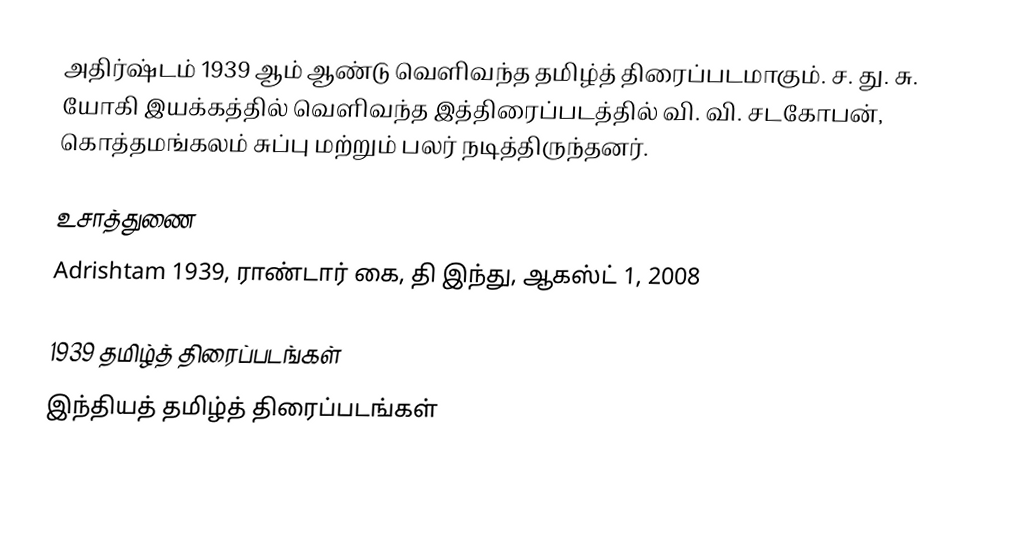
அதிர்ஷ்டம் 1939 ஆம் ஆண்டு வெளிவந்த தமிழ்த் திரைப்படமாகும். ச. து. சு. யோகி இயக்கத்தில் வெளிவந்த இத்திரைப்படத்தில் வி. வி. சடகோபன், கொத்தமங்கலம் சுப்பு மற்றும் பலர் நடித்திருந்தனர்.

உசாத்துணை
 Adrishtam 1939, ராண்டார் கை, தி இந்து, ஆகஸ்ட் 1, 2008

1939 தமிழ்த் திரைப்படங்கள்
இந்தியத் தமிழ்த் திரைப்படங்கள்